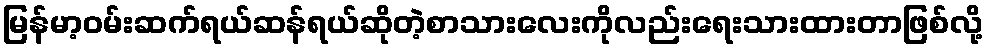
မြန်မာ့ဝမ်းဆက်ရယ်ဆန်ရယ်ဆိုတဲ့စာသားလေးကိုလည်းရေးသားထားတာဖြစ်လို့